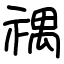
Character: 禑